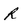
Character: R